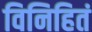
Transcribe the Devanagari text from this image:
विनिहितं